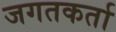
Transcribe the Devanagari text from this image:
जगतकर्ता